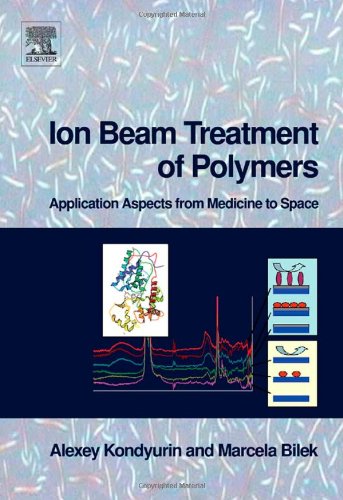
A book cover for Ion Beam Treatment of Polymers: Application Aspects from Medicine to Space; Alexey Kondyurin; Science & Math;